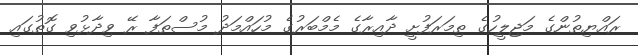
ރައްޔިތުންގެ މަޖިލީހުގެ ތިމަރަފުށީ ދާއިރާގެ މެމްބަރުގެ މުހައްމަދު މުސްތަފާ ރޭ ވިދާޅުވި ގޮތުގައި